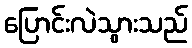
ပြောင်းလဲသွားသည်